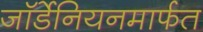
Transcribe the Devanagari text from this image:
जॉर्डेनियनमार्फत